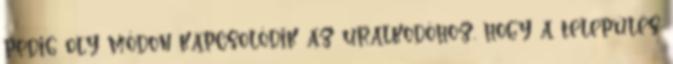
pedig oly módon kapcsolódik az uralkodóhoz, hogy a település